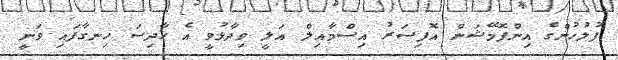
ފުލުހުންގެ އިންފޮމޭޝަން އޮފިސަރު އިސްމާއިލް އަލީ ވިދާޅުވީ އެ ހާދިސަ ހިނގާފައި ވަނީ